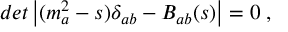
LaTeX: d e t \left| ( m _ { a } ^ { 2 } - s ) \delta _ { a b } - B _ { a b } ( s ) \right| = 0 \; ,